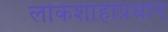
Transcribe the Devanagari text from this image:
लोकशाहीप्रधान